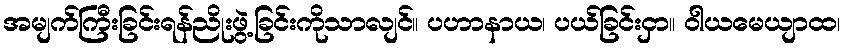
အမျက်ကြီးခြင်းရန်ညိုးဖွဲ့ခြင်းကိုသာလျင်။ ပဟာနာယ၊ ပယ်ခြင်းငှာ။ ဝါယမေယျာထ၊